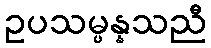
ဥပသမ္ပန္နသညီ